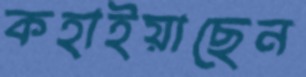
কহাইয়াছেন